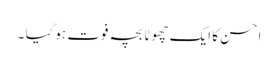
احسن کا ایک چھوٹا بچہ فوت ہوگیا ۔